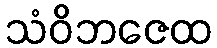
သံဝိဘဇေထ